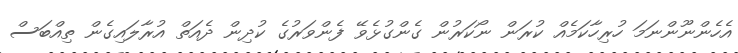
އެހެންނޫންނަމަ ހުރިހާކަމެއް ކުރަން ނޯކަރުން ގެންގުޅެވޭ ފެންވަރުގެ ކުދިން ދެއަތް އުރާލައިގެން ތިއްބަސް